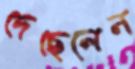
দেছেলেন